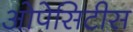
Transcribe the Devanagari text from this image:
ओपेसिटीस